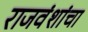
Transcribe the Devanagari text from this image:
राजवंशांचा